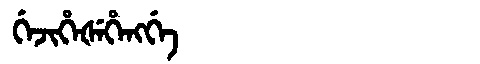
Manchu: ᡤᡝᠵᡳᡥᡝᡧᡝᡥᡝᠩᡤᡝ
Romanization: GEJIHEŠEHENGGE